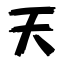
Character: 天